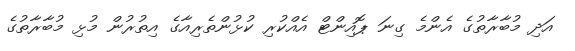
އަދި މުބާރާތުގެ އެންމެ ގިނަ ޕޮއިންޓް އެއްކުރި ކުޅުންތެރިއާގެ އިތުރުން މުޅި މުބާރާތުގެ